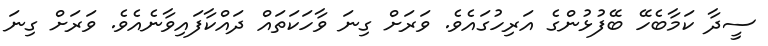
ސީދާ ކަމާބެހޭ ބޭފުޅުންގެ އަރިހުގައެވެ. ވަރަށް ގިނަ ވާހަކަތައް ދައްކާފައިވާނެއެވެ. ވަރަށް ގިނަ